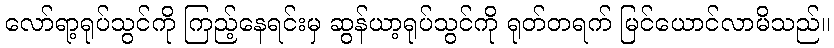
လော်ရာ့ရုပ်သွင်ကို ကြည့်နေရင်းမှ ဆွန်ယာ့ရုပ်သွင်ကို ရုတ်တရက် မြင်ယောင်လာမိသည်။